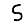
Digit: 5